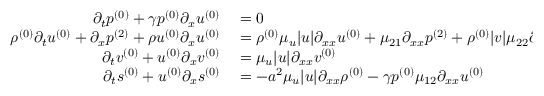
\begin{array} { r l } { \partial _ { t } \ensuremath { p ^ { ( 0 ) } } + \gamma \ensuremath { p ^ { ( 0 ) } } \partial _ { x } \ensuremath { u ^ { ( 0 ) } } } & { { } = 0 } \\ { \ensuremath { \rho ^ { ( 0 ) } } \partial _ { t } \ensuremath { u ^ { ( 0 ) } } + \partial _ { x } \ensuremath { p ^ { ( 2 ) } } + \ensuremath { \rho u ^ { ( 0 ) } } \partial _ { x } \ensuremath { u ^ { ( 0 ) } } } & { { } = \ensuremath { \rho ^ { ( 0 ) } } \mu _ { u } | u | \partial _ { x x } \ensuremath { u ^ { ( 0 ) } } + \mu _ { 2 1 } \partial _ { x x } \ensuremath { p ^ { ( 2 ) } } + \ensuremath { \rho ^ { ( 0 ) } } | v | \mu _ { 2 2 } \partial _ { x x } \ensuremath { u ^ { ( 0 ) } } } \\ { \partial _ { t } \ensuremath { v ^ { ( 0 ) } } + \ensuremath { u ^ { ( 0 ) } } \partial _ { x } \ensuremath { v ^ { ( 0 ) } } } & { { } = \mu _ { u } | u | \partial _ { x x } \ensuremath { v ^ { ( 0 ) } } } \\ { \partial _ { t } \ensuremath { s ^ { ( 0 ) } } + \ensuremath { u ^ { ( 0 ) } } \partial _ { x } \ensuremath { s ^ { ( 0 ) } } } & { { } = - a ^ { 2 } \mu _ { u } | u | \partial _ { x x } \ensuremath { \rho ^ { ( 0 ) } } - \gamma \ensuremath { p ^ { ( 0 ) } } \mu _ { 1 2 } \partial _ { x x } \ensuremath { u ^ { ( 0 ) } } } \end{array}